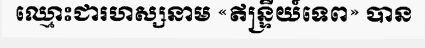
ឈ្មោះជារហស្សនាម «ឥន្ទ្រីយ៍ទេព» បាន